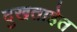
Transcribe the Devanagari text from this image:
दुखताहेत